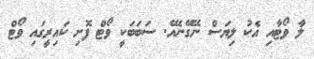
ލާ ވޯޓާއި އެކު ލިޔަސް ނޭގޭނެއޭ. ސަބަބަކީ ވޯޓް ފޮށި ކައިރީގައި ވޯޓް